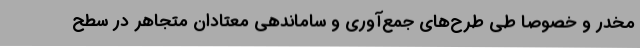
مخدر و خصوصاً طی طرح‌های جمع‌آوری و ساماندهی معتادان متجاهر در سطح